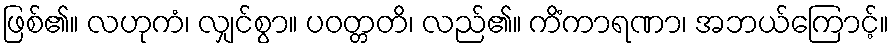
ဖြစ်၏။ လဟုကံ၊ လျှင်စွာ။ ပဝတ္တတိ၊ လည်၏။ ကိံကာရဏာ၊ အဘယ်ကြောင့်။